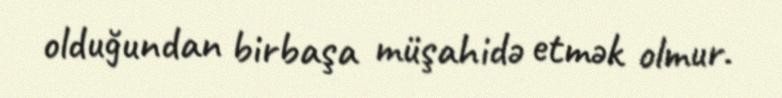
olduğundan birbaşa müşahidə etmək olmur.